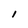
Character: l